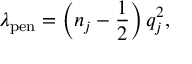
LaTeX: \lambda _ { \mathrm { p e n } } = \left( n _ { j } - \frac { 1 } { 2 } \right) q _ { j } ^ { 2 } ,